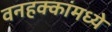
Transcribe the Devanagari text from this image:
वनहक्कांमध्ये